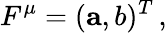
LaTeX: F^{\mu}=({\mathbf{a}},b)^{T}\, ,